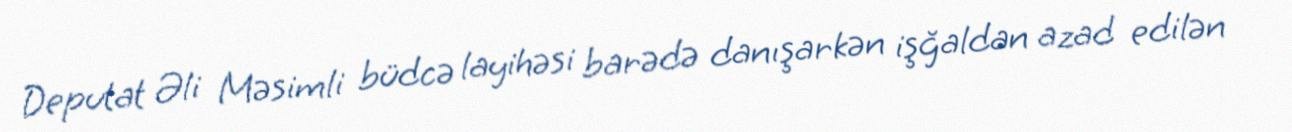
Deputat Əli Məsimli büdcə layihəsi barədə danışarkən işğaldan azad edilən